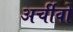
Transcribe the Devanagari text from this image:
अर्चीवो